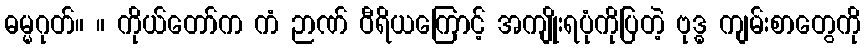
ဓမ္မဂုတ်။ ။ ကိုယ်တော်က ကံ ဉာဏ် ဝီရိယကြောင့် အကျိုးရပုံကိုပြတဲ့ ဗုဒ္ဓ ကျမ်းစာတွေကို